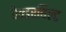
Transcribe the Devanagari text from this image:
वेन्डरबिल्ट